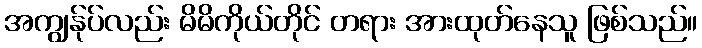
အကျွန်ုပ်လည်း မိမိကိုယ်တိုင် တရား အားထုတ်နေသူ ဖြစ်သည်။